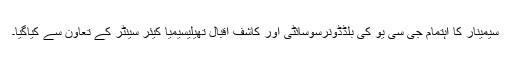
سیمینار کا اہتمام جی سی یو کی بلڈڈونرسوسائٹی اور کاشف اقبال تھیلیسیمیا کیئر سینٹر کے تعاون سے کیاگیا۔